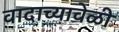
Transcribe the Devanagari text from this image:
वादाच्यावेळी